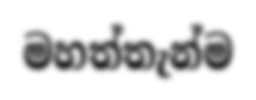
මහත්තැන්ම